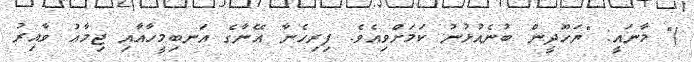
)" މާނައީ: "ޔަހޫދީން ބުނެއުޅުނު ކަމަށްވިއެވެ. ފިރިހެނާ އޭނާގެ އަނބިމީހާއާއި ޖިމާޢު ވާއިރު